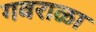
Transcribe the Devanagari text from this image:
गवराळा